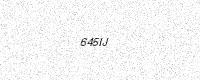
Text: 645IJ